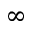
\infty